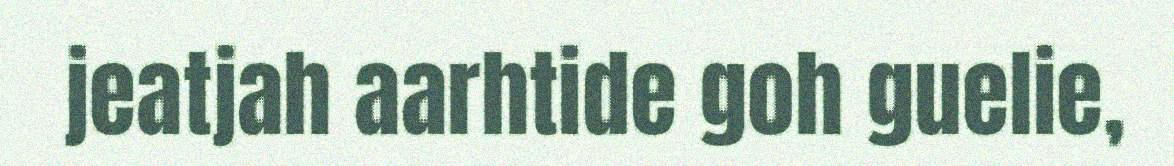
jeatjah aarhtide goh guelie,